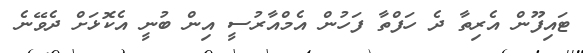
ޓައިފޫން އެރިތާ ދެ ހަފްތާ ފަހުން އެމްއާރުސީ އިން ބުނީ އެކޮޅަށް ދެވޭނެ